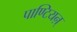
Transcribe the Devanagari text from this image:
पाण्टियऩ्